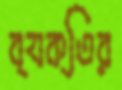
ব্যক্তির